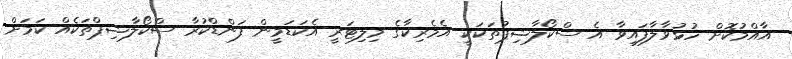
އާއްމުކޮށް ހުޅުވާލާފައިވާ އެ ސްކޯލާޝިޕުތަކަކީ އެމެރިކާގެ މިލިޓަރީ އެކަޑަމީން ފަންޑްކުރާ ސްކޯލާޝިޕްތަކެއް ކަމަށް